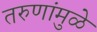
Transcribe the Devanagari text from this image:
तरुणांमुळे